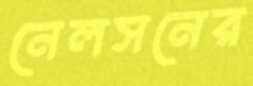
নেলসনের